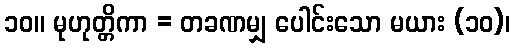
၁၀။ မုဟုတ္တိကာ = တခဏမျှ ပေါင်းသော မယား (၁၀)၊